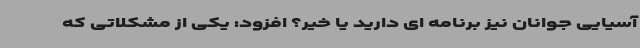
آسیایی جوانان نیز برنامه ای دارید یا خیر؟ افزود: یکی از مشکلاتی که